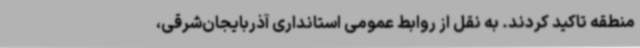
منطقه تاکید کردند. به نقل از روابط عمومی استانداری آذربایجان‌شرقی،